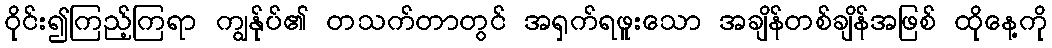
ဝိုင်း၍ကြည့်ကြရာ ကျွန်ုပ်၏ တသက်တာတွင် အရှက်ရဖူးသော အချိန်တစ်ချိန်အဖြစ် ထိုနေ့ကို